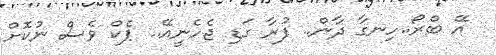
އޭ ބްރޯ..ހިނގާ ދާން.. ފުރާ ގަޑި ޖެހެނީއޭ.. ޕެކް ވެސް ނުކޮށް